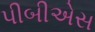
પીબીએસ